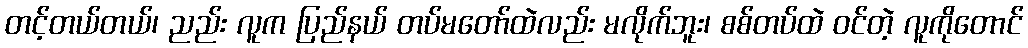
တင့်တယ်တယ်၊ ညည်း လူက ပြည်နယ် တပ်မတော်ထဲလည်း မလိုက်ဘူး၊ စစ်တပ်ထဲ ဝင်တဲ့ လူကိုတောင်